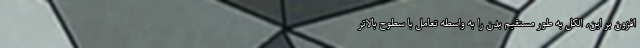
افزون بر این، الکل به طور مستقیم بدن را به واسطه تعامل با سطوح بالاتر